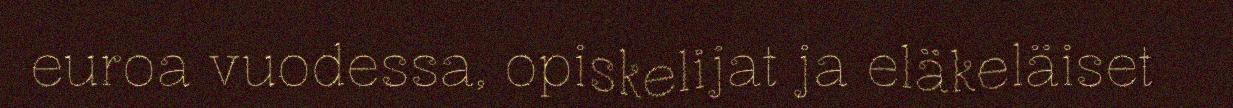
euroa vuodessa, opiskelijat ja eläkeläiset